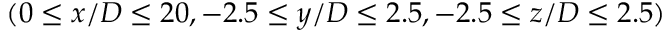
( 0 \le x / D \le 2 0 , - 2 . 5 \le y / D \le 2 . 5 , - 2 . 5 \le z / D \le 2 . 5 )